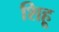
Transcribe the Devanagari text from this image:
शिहू